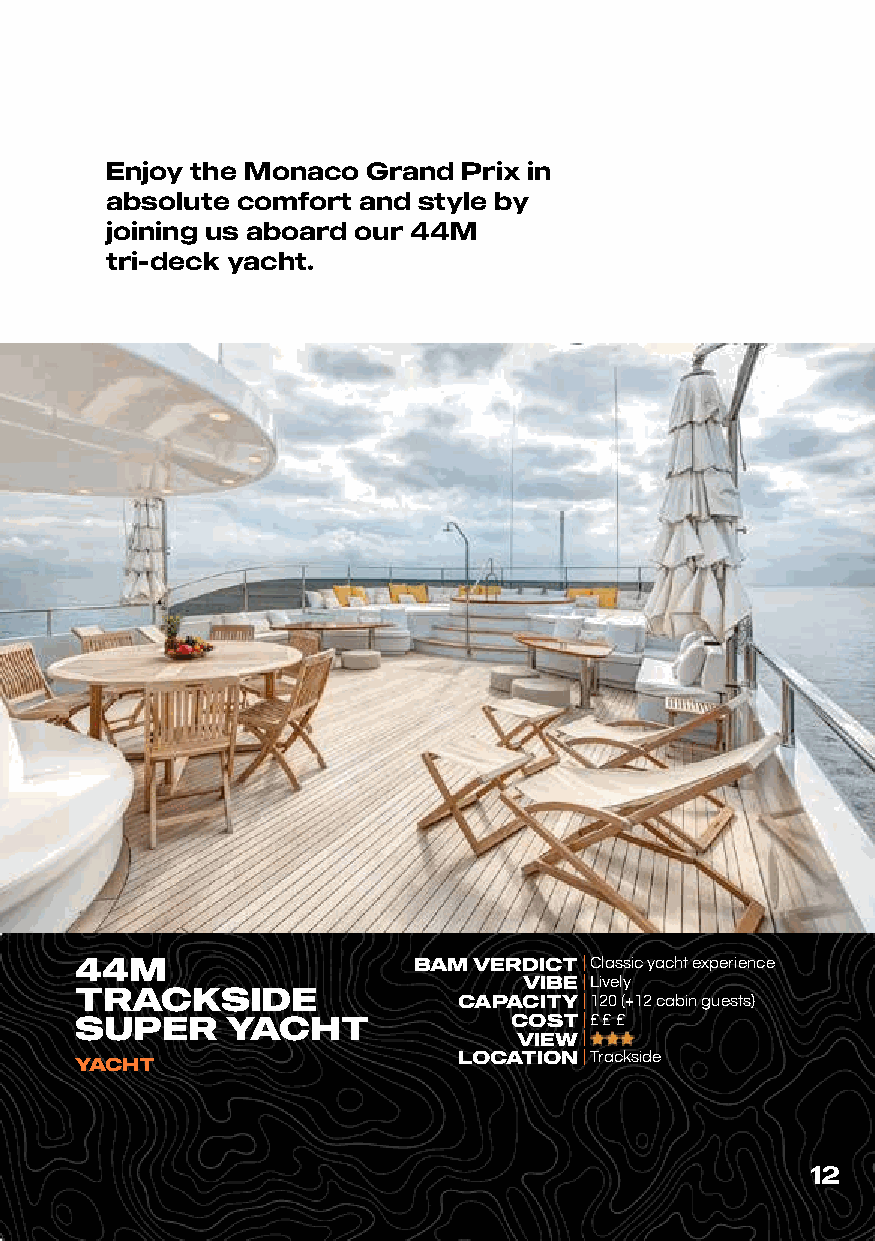
Enjoy the Monaco Grand  Prix in
 absolute comfort and style by
 joining us aboard our 44M
 tri-deck yacht.
 44M                   BAM VERDICT | Classic yacht experience
 VIBE| Lively
 TRACKSIDE
 CAPACITY| 120 (+12 cabin guests)
 SUPER     YACHT              COST| £ £ £
 VIEW|
 YACHT                    LOCATION| Trackside
 12